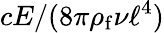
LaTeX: cE/(8\pi\rho_{\mathrm{f}}\nu\ell^{4})